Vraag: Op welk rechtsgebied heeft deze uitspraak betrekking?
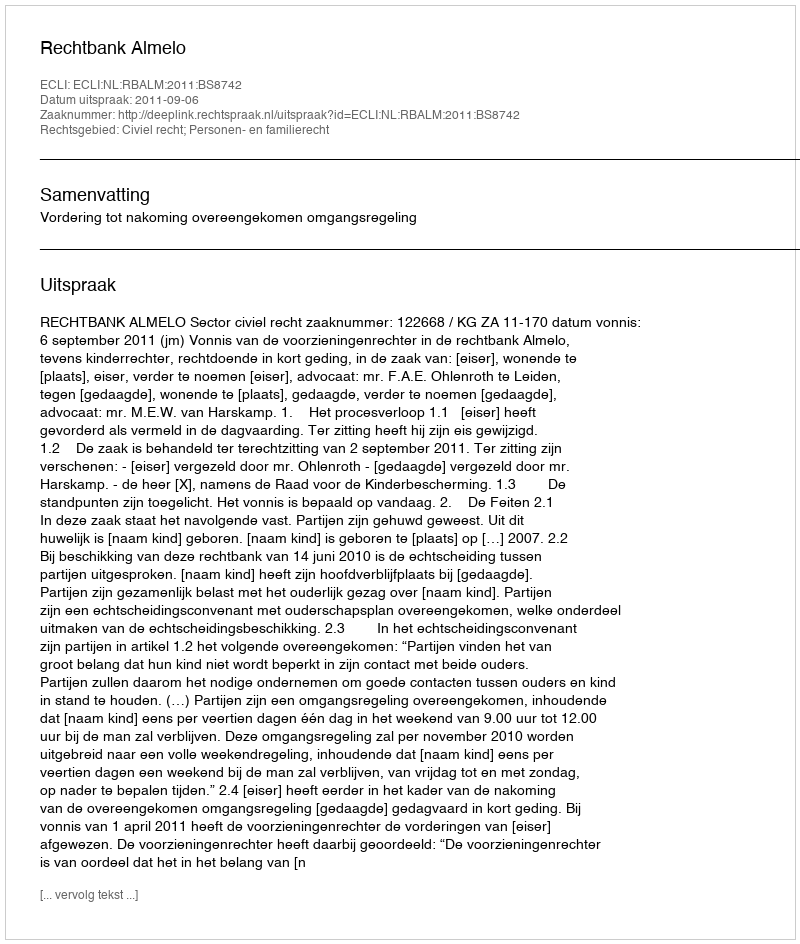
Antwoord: Civiel recht; Personen- en familierecht